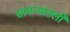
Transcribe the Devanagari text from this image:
सामन्यातली